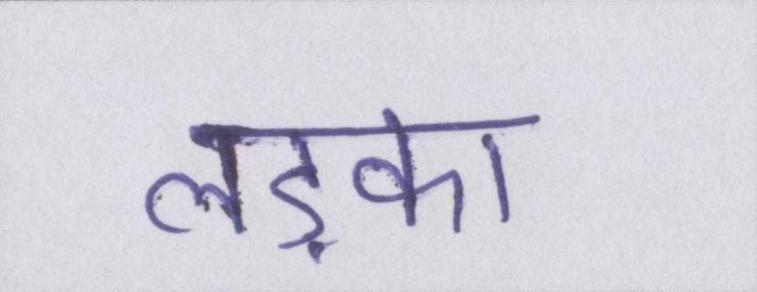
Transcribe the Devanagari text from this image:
लड़का